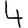
Digit: 4